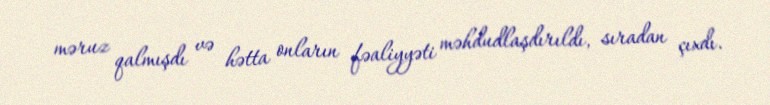
məruz qalmışdı və hətta onların fəaliyyəti məhdudlaşdırıldı, sıradan çıxdı.